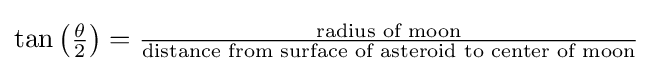
{\textstyle \tan \left({\frac {\theta }{2}}\right)={\frac {\text{radius of moon}}{\text{distance from surface of asteroid to center of moon}}}}